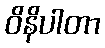
ဝိနိပါတာ